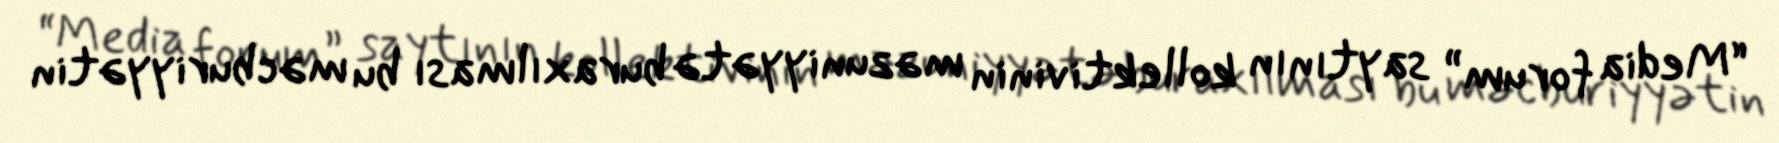
“Media forum” saytının kollektivinin məzuniyyətə buraxılması bu məcburiyyətin